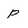
Character: p